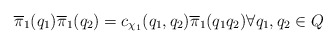
\begin{align*}\overline{\pi}_1(q_1) \overline{\pi}_1(q_2) = c_{\chi_1}(q_1, q_2) \overline{\pi}_1(q_1 q_2) \forall q_1,q_2 \in Q\end{align*}